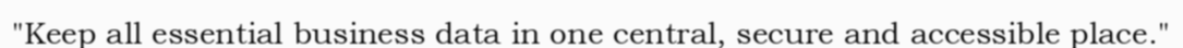
"Keep all essential business data in one central, secure and accessible place."